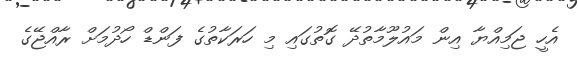
އެހީ ޖަމިއްޔާ އިން މައުލޫމާތުދޭ ގޮތުގައި މި ހަރަކާތުގެ ފަންޑް ހޯދުމަށް ރާއްޖޭގެ